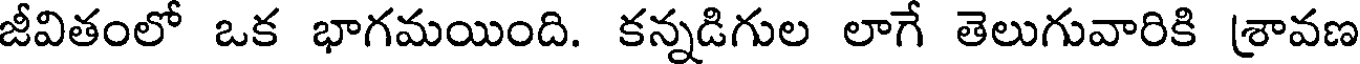
జీవితంలో ఒక భాగమయింది. కన్నడిగుల లాగే తెలుగువారికి శ్రావణ